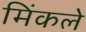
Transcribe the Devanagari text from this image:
मिंकले